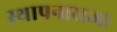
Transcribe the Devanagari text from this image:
स्थापनाराजा